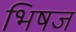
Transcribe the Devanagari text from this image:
भिषज